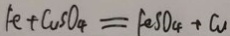
F e + C u S O _ { 4 } = F e S O _ { 4 } + C u